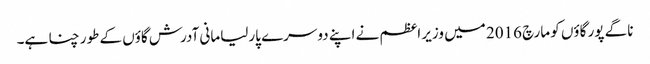
ناگے پور گاؤں کو مارچ 2016 میں وزیر اعظم نے اپنے دوسرے پارلیامانی آدرش گاؤں کے طور چنا ہے۔